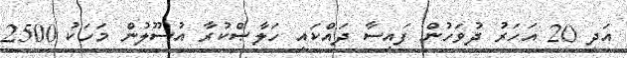
އަދި 20 އަހަރު ދުވަހުން ފައިސާ ދައްކައި ހަލާޞްކުރާ އުސޫލުން މަހަކު 2500